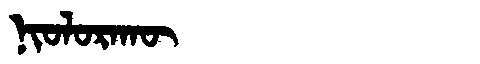
Manchu: ᠨᡳᠣᠯᠣᡵᠠᡴᡡ
Romanization: NIOLORAKŪ